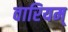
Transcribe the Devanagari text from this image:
वारियम्